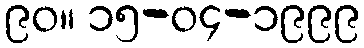
၉၀။ ၁၅-၀၄-၁၉၉၉